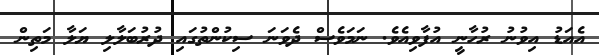
އެއަޑު އިވުނު ރުހާނީ އުފާވިއެވެ. ނަމަވެސް ދެވަނަ ސިކުންތުގައި ދުރުބަލާލި ޔަލާ މަތިން